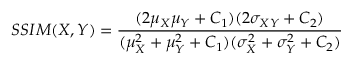
S S I M ( X , Y ) = \frac { ( 2 \mu _ { X } \mu _ { Y } + C _ { 1 } ) ( 2 \sigma _ { X Y } + C _ { 2 } ) } { ( \mu _ { X } ^ { 2 } + \mu _ { Y } ^ { 2 } + C _ { 1 } ) ( \sigma _ { X } ^ { 2 } + \sigma _ { Y } ^ { 2 } + C _ { 2 } ) }